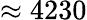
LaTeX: \approx 4230